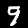
Label: 9